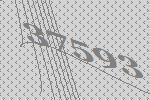
37593